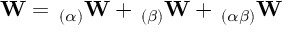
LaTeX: \mathbf { W } = \, _ { ( \alpha ) } \mathbf { W } + \, _ { ( \beta ) } \mathbf { W } + \, _ { ( \alpha \beta ) } \mathbf { W }